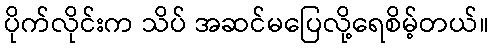
ပိုက်လိုင်းက သိပ် အဆင်မပြေလို့ရေစိမ့်တယ်။